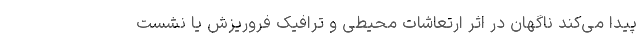
پیدا می‌کند ناگهان در اثر ارتعاشات محیطی و ترافیک فروریزش یا نشست